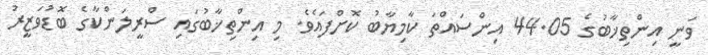
ވަނީ އިންތިޚާބުގެ 44.05 އިންސައްތަ ކާމިޔާބު ކޮށްފައެވެ. މި އިންތިޚާބުގައި ސްރީލަންކާގެ ބޮޑުވަޒީރު